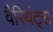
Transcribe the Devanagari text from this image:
वैरियंट्स